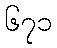
၆၇၁